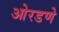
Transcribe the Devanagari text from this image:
ओरडणे